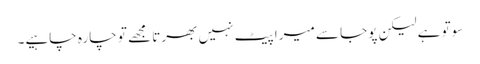
سوتو ہے لیکن پوجا سے میرا پیٹ نہیں بھرتا مجھے تو چارہ چاہیے۔